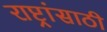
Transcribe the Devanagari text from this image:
राष्ट्रांसाठी